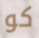
كو